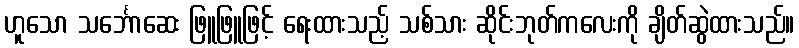
ဟူသော သင်္ဘောဆေး ဖြူဖြူဖြင့် ရေးထားသည့် သစ်သား ဆိုင်းဘုတ်ကလေးကို ချိတ်ဆွဲထားသည်။